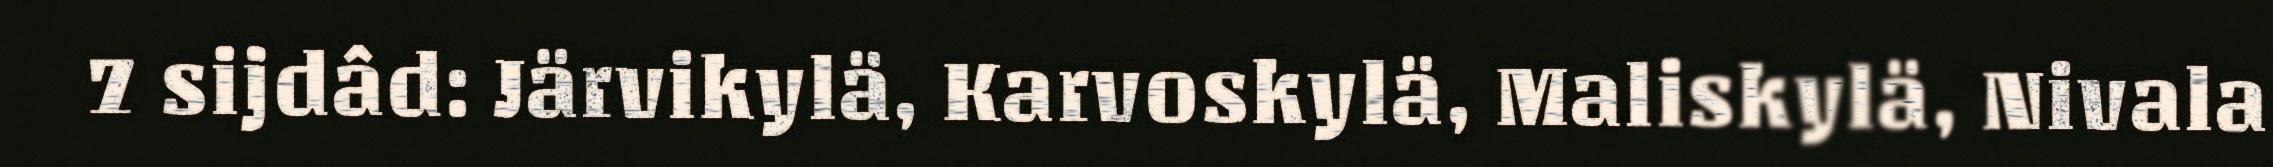
7 sijdâd: Järvikylä, Karvoskylä, Maliskylä, Nivala